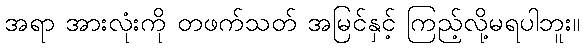
အရာ အားလုံးကို တဖက်သတ် အမြင်နှင့် ကြည့်လို့မရပါဘူး။